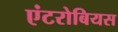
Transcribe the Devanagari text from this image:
एंटरोबियस